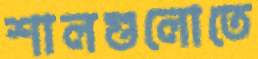
শালগুলোতে